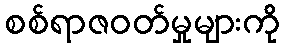
စစ်ရာဇဝတ်မှုများကို